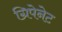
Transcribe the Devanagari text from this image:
ग्रिपेनेट